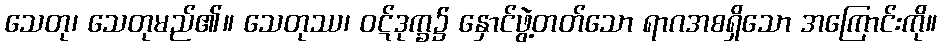
သေတု၊ သေတုမည်၏။ သေတုဿ၊ ဝဋ်ဒုက္ခ၌ နှောင်ဖွဲ့တတ်သော ရာဂအစရှိသော အကြောင်းကို။